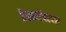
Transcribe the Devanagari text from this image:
डेस्कटॉपएक्स